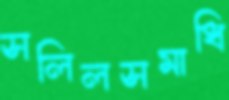
সলিলসমাধি